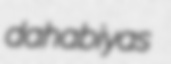
dahabiyas